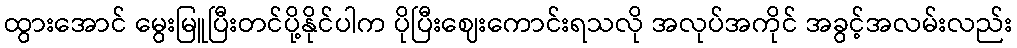
ထွားအောင် မွေးမြူပြီးတင်ပို့နိုင်ပါက ပိုပြီးဈေးကောင်းရသလို အလုပ်အကိုင် အခွင့်အလမ်းလည်း